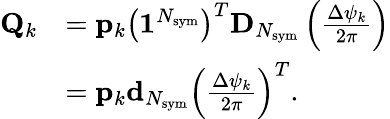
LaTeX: \begin{array}{rl}{\mathbf{Q}_{k}}&{=\mathbf{p}_{k}\left(\mathbf{1}^{N_{\mathrm{sym}}}\right)^{T}\mathbf{D}_{N_{\mathrm{sym}}}\left(\frac{\Delta\psi_{k}}{2\pi}\right)}\\ &{=\mathbf{p}_{k}\mathbf{d}_{N_{\mathrm{sym}}}\left(\frac{\Delta\psi_{k}}{2\pi}\right)^{T}.}\end{array}